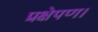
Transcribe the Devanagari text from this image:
प्रक्षेपण।